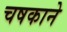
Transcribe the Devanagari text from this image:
चषकाने